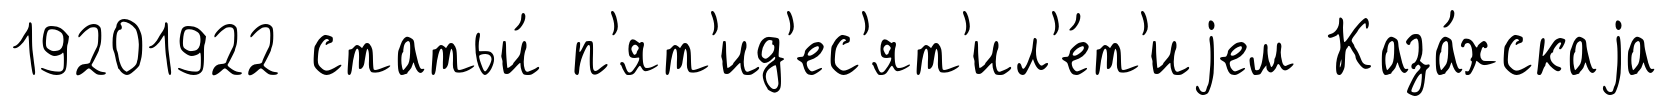
19201922 статьи́ п'ят'ид'ес'ят'ил'е́т'иjем Каза́хскаjа